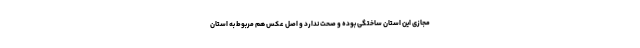
مجازی این استان ساختگی بوده و صحت ندارد و اصل عکس هم مربوط به استان